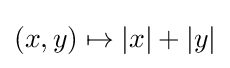
(x,y)\mapsto |x|+|y|